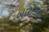
બારોટના